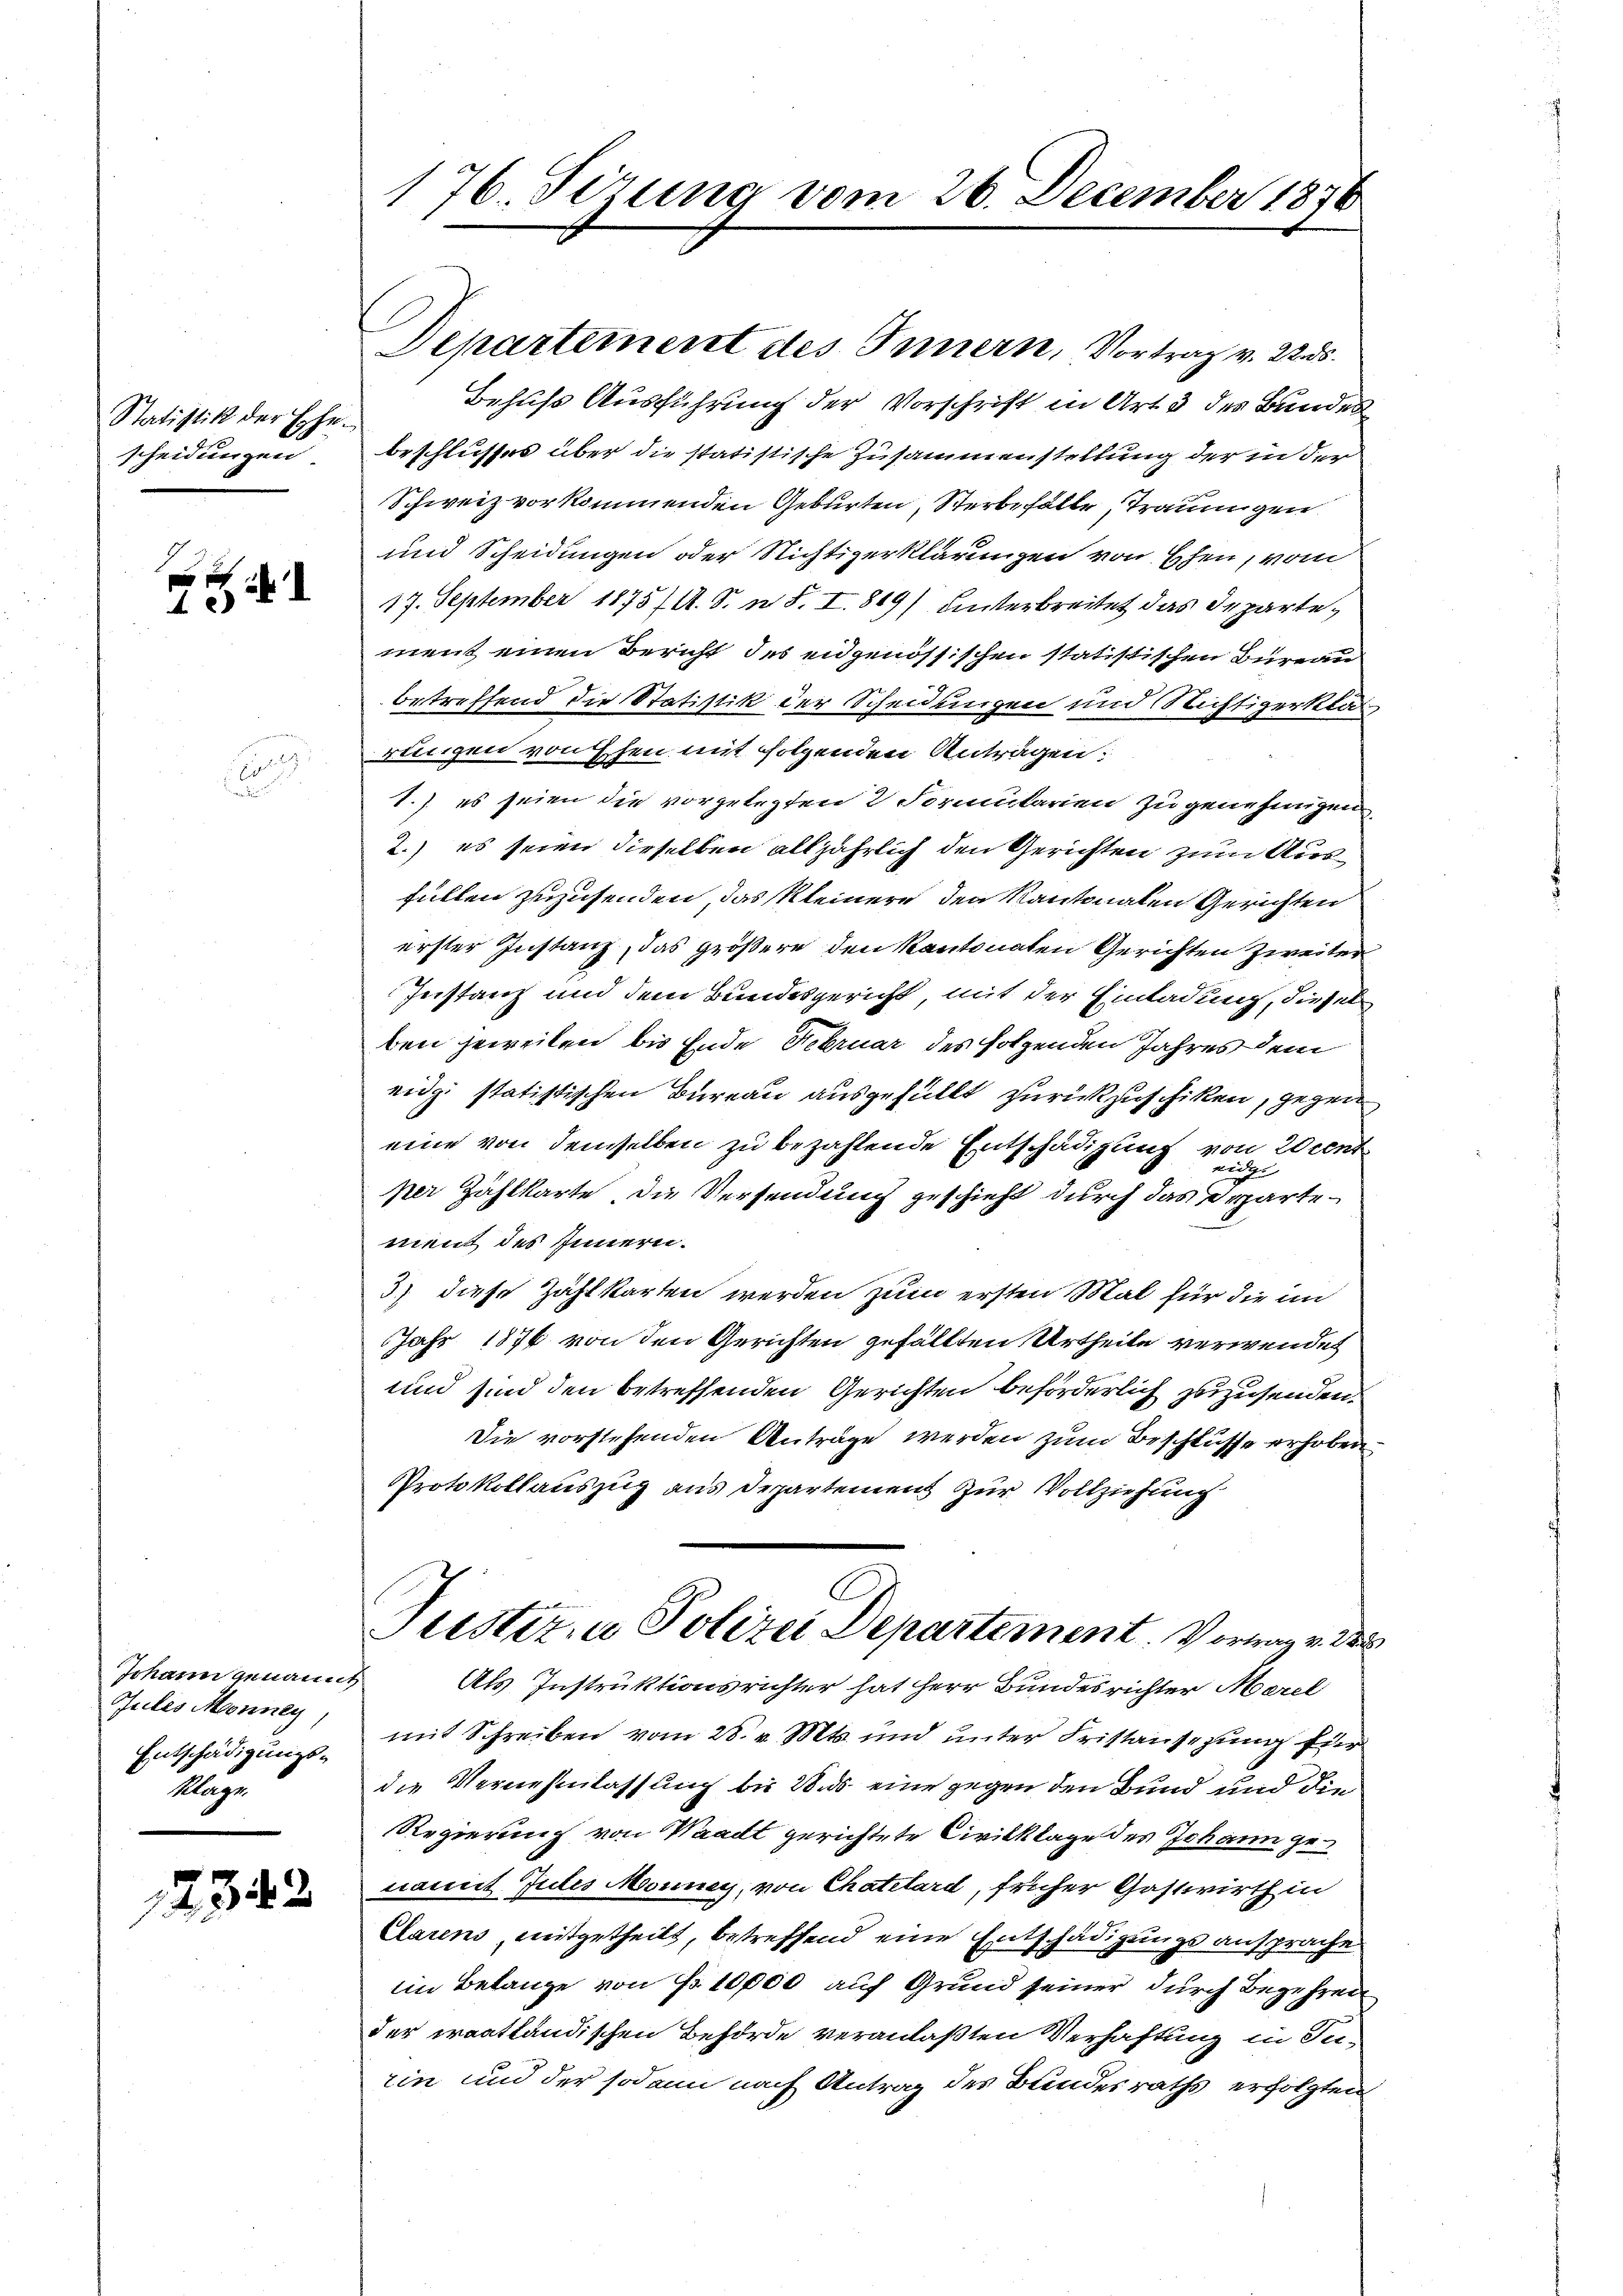
Statistik der Ehescheidungen

4

6
n

Johann genannt
Jules Monney,
Entschädigungs¬
Klage.

12342

176. Sirung vom 26. December 1870

Behufs Ausführung der Vorschrift in Art. 3 des Bundes
beschlusses über die statistische Zusammenstellung der in der
Schweiz vorkommenden Geburten, Sterbefalle Traum gen
und Scheidungen oder Nichtigerklärungen von Ehen, vom
17. September 1875/A. S. n. F. I. 819) unterbreitet das Departement einen Bericht des eidgenössischen statistischen Bureau
betreffend die Statistik der Scheidungen und Nichtigerklär
rungen von Ehen mit folgenden Antragen:
1.) es seien die vorgelegten 2 Formularien zu genehmigen
2.) es seien dieselben alljährlich den Gerichten zum Ausfüllen zuzusenden, das Kleinere den Kantonalen Gerichten
erster Instanz, das größere den kantonaten Gerichten zweiter
Instanz und dem Bundesgericht, mit der Einladung, diesel
ben jeweilen, bis Ende Februar des folgenden Jahres dem
eidgi statistischen Bureau ausgefüllt zurückzuschiken, gegen
eine von demselben zu bezahlende Entschädigung von Wint
rechter
per Zählkarte die Versendung geschieht durch das Departement des Innern.
3) diese Zählkarten werden zum ersten Mal für die in
Jahr 1876 von den Gerichten gefällten Urtheile verwendet
und sind den betreffenden Gerichten beförderlich zuzusenden.
Die vorstehenden Anträge werden zum Beschlüsse erhoben
Protokollauszug aus Departemens zur Vollziehung
Pustiz- u Polizei Departement. Vortrag v. Di
Als Instruktionsrichter hat Herr Bundesrichter Merel
mit Schreiben vom 28. v. Mts. und unter Fristansezung für
die Vernehmlassung bis 2. ds. eine gegen den Bund und die
Regierung von Waadt gerichtete Civilklage des Johann genamit Julis Monnes, von Chatelard, früher Gastwirth in
Clarens, mitgetheilt, betreffend eine Entschädigungsansprache
iin Belange von Fr. 10000 auf Grund seiner durch Begehren
der irantländischen Behörde veranlaßten Verhaftung in In-
rin und der sodann nach Antrag des Bundesraths erfolgten

Departement des Innern, Vortrag v. 22. ds.